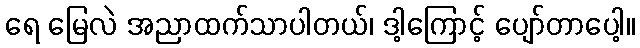
ရေ မြေလဲ အညာထက်သာပါတယ်၊ ဒါ့ကြောင့် ပျော်တာပေါ့။